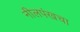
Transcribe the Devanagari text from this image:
नीलपंखचा